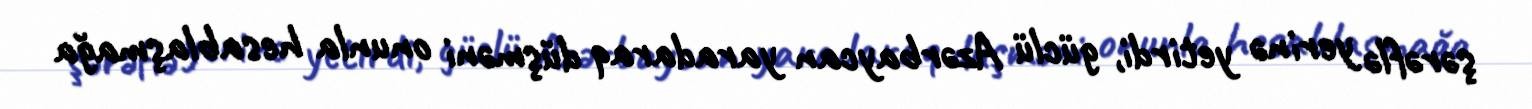
şərəflə yerinə yetirdi, güclü Azərbaycan yaradaraq düşməni onunla hesablaşmağa